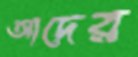
আদের